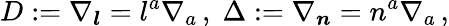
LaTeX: D:=\nabla_{\boldsymbol{l}}=l^{a}\nabla_{a}\, ,\; \Delta:=\nabla_{\boldsymbol{n}}=n^{a}\nabla_{a}\, ,